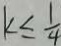
k \leq \frac { 1 } { 4 }